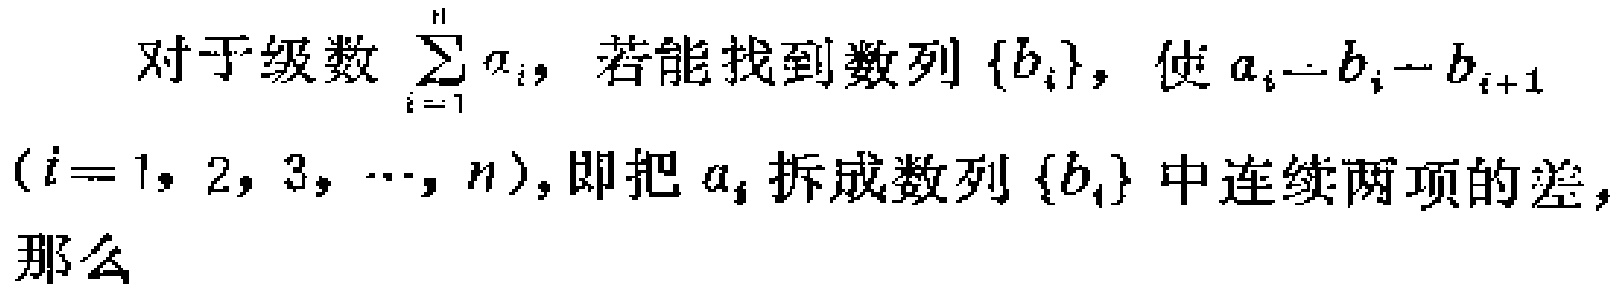
对于级数 $\sum_{i = 1}^{n} a_{i}$，若能找到数列 $\{b_{i}\}$，使 $a_{i}=b_{i}-b_{i + 1}$ $(i = 1,2,3,\cdots,n)$，即把 $a_{i}$ 拆成数列 $\{b_{i}\}$ 中连续两项的差，那么